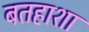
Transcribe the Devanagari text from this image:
बतहाशा